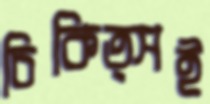
চিকিত্সই